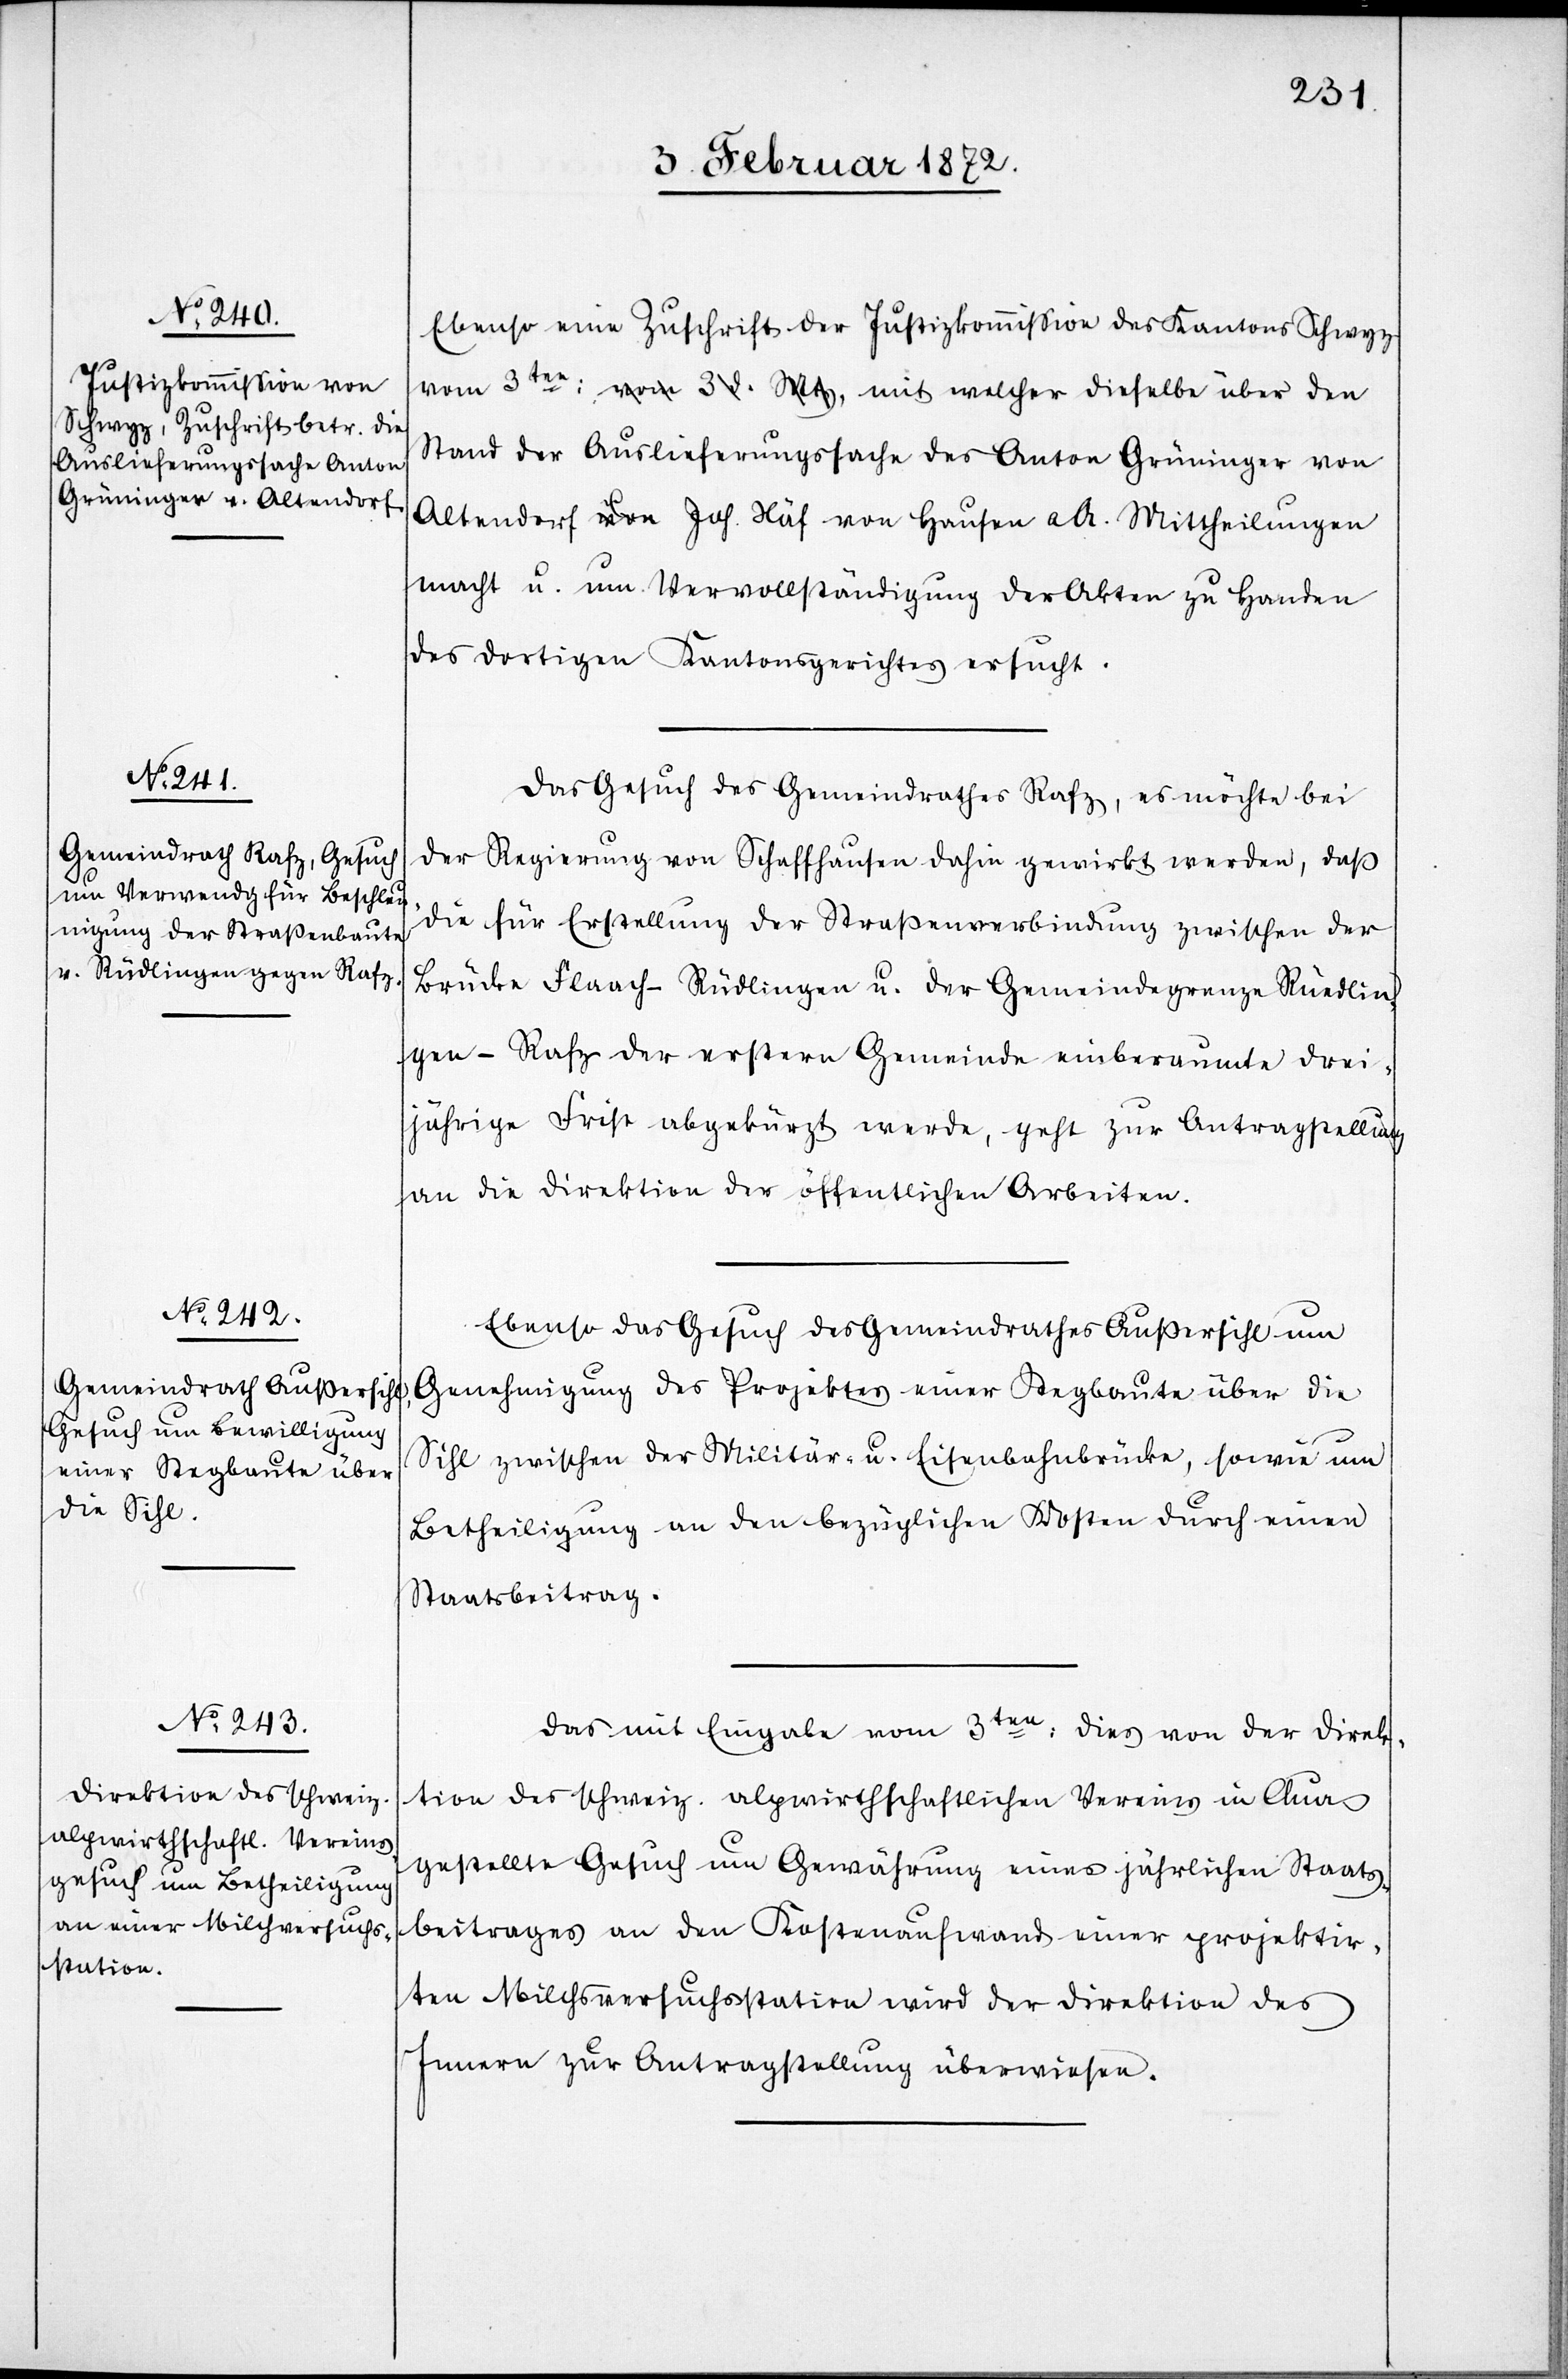
Ebenso eine Zuschrift der Justizkommission des Kantons Schwyz
Stand der Auslieferungssache des Anton Grüninger von
Altendorf [?u.] Joh. Näf von Hausen a/A. Mittheilungen
macht u. um Vervollständigung der Akten zu Handen
des dortigen Kantonsgerichtes ersucht.
Das Gesuch des Gemeindrathes Rafz, es möchte bei
der Regierung von Schaffhause dahin gewirkt werden, daß
die für Erstellung der Straßenverbindung zwischen der
Brücke Flaach–Rüdlingen u. der Gemeindegrenze Rüedlin¬
gen-Rafz der erstern Gemeinde einberaumte drei¬
jährige Frist abgekürzt werde, geht zur Antragsstellung
an die Direktion der öffentlichen Arbeiten.
Ebenso das Gesuch des Gemeindrathes Außersihl um
Genehmigung des Projektes einer Stegbaute über die
Sihl zwischen der Militär- u. Eisenbahnbrücke, sowie um
Betheiligung an den bezüglichen Kosten durch einen
Staatsbeitrag.
Das mit Eingabe vom 3ten dieß von der Direk¬
tion des schweiz. alpwirthschaftlichen Vereins in Chur
gestellte Gesuch um Gewährung eines jährlichen Staats¬
beitrages an den Kostenaufwand einer projektir¬
ten Milchsversuchsstation wird der Direktion des
Innern zur Antragsstellung überwiesen.